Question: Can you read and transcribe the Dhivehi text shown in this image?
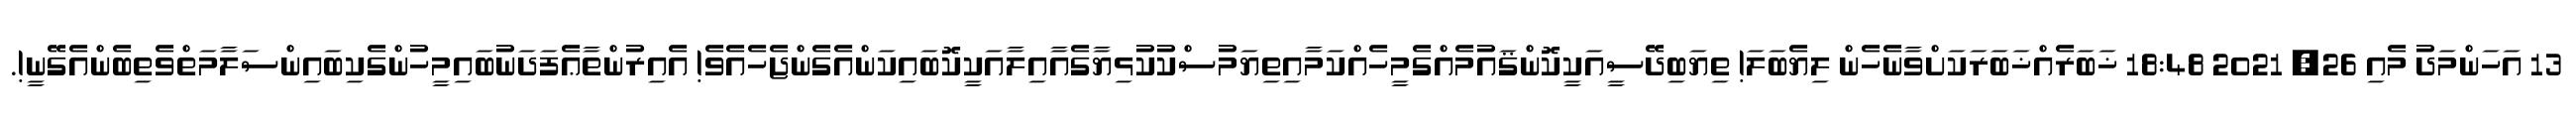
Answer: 13 އަހަންމަދު މެއި 26, 2021 18:48 ޚަބަރެއްޚަބަރަކަށްވާނެހެން ލިޔެބަލަ! ތިޔަބިދޭސީއަކީކޮންޤައުމެއްގެމީހެއްކަމާއިތިޔަމުސްކުކުޅިޔާގެއާއިލާއަކީކޮބައިކަންއެގެންޖެހެއެވެ! އެއިރުންތާޢެފަދަނުބައިމީހުންގެކިބައިންސަލާމަތްވެތިބެންއެގޭނީ!.